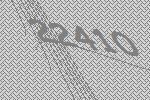
22410